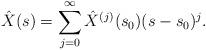
LaTeX: \begin{align*}\hat{X}(s)=\sum\limits_{j=0}^{\infty} \hat{X}^{(j)}(s_{0})(s-s_{0})^{j}.\end{align*}